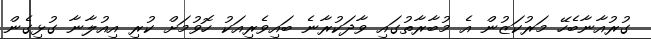
ގުރުއާނާބެހޭ މަރުކަޒުން އެ މުބާރާތުގައި ވާދަކުރާނެ ބައިވެރިއަކު ހޮވުމަށް ކުރި އިއުލާނާ ގުޅިގެން